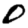
Digit: 0